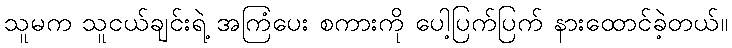
သူမက သူငယ်ချင်းရဲ့ အကြံပေး စကားကို ပေါ့ပြက်ပြက် နားထောင်ခဲ့တယ်။